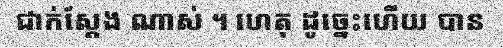
ជាក់ស្តែង ណាស់ ។ ហេតុ ដូច្នេះហើយ បាន